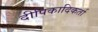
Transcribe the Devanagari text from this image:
दीपिकादिकर्ता